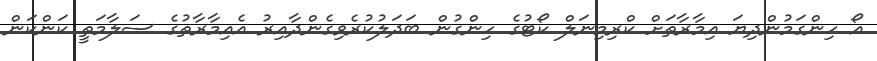
އޯ ހިންގަމުންދިޔަ އިމާރާތަށް ކްރިމިނަލް ކޯޓުގެ ހިންގުން ބަދަލުކުރެވިގެންދާއިރު އެއިމާރާތުގެ ސަލާމަތީ ކަންކަން